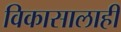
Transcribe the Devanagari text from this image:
विकासालाही